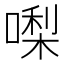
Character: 𠼝